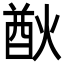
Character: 㷕